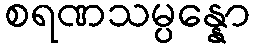
စရဏသမ္ပန္နော